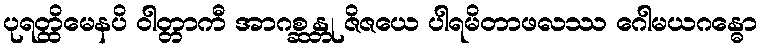
ပုရတ္ထိမေနပိ ဝါတ္တာကီ အာဂစ္ဆန္တု ဇိဇယေ ပါရမိတာဖလဿ ဂေါမယဂန္ဓော